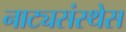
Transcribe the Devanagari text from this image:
नाट्यसंस्थेस